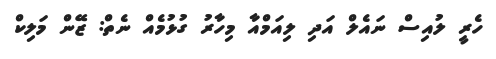
ހެރީ ލުއިސް ނައެލް އަދި ލިއަމްއާ މިހާރު ގުޅުމެއް ނެތް: ޒޭން މަލިކް